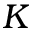
K